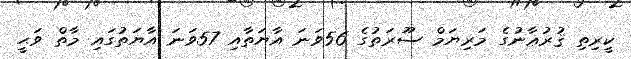
ކީރިތި ޤުރުޢާނުގެ މަރިޔަމް ސޫރަތުގެ 56ވަނަ އާޔަތާއި 57ވަނަ އާޔަތުގައި މާތް ވަޙީ